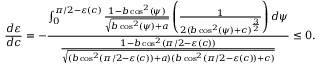
\frac { d \varepsilon } { d c } = - \frac { \int _ { 0 } ^ { \pi / 2 - \varepsilon ( c ) } \frac { 1 - b \cos ^ { 2 } ( \psi ) } { \sqrt { b \cos ^ { 2 } ( \psi ) + a } } \left( \frac { 1 } { 2 ( b \cos ^ { 2 } ( \psi ) + c ) ^ { \frac { 3 } { 2 } } } \right) d \psi } { \frac { 1 - b \cos ^ { 2 } ( \pi / 2 - \varepsilon ( c ) ) } { \sqrt { ( b \cos ^ { 2 } ( \pi / 2 - \varepsilon ( c ) ) + a ) ( b \cos ^ { 2 } ( \pi / 2 - \varepsilon ( c ) ) + c ) } } } \leq 0 .